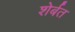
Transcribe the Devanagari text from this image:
शेर्बत